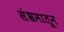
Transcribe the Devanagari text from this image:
संभ्रमातून